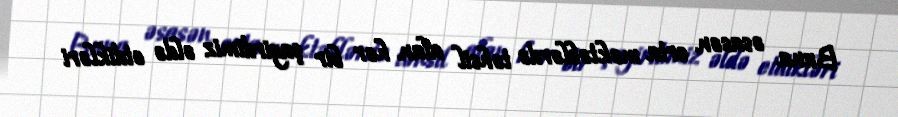
Buna əsasən orta məktəblərdə təhsil alan hər bir şagirdimiz əldə etdikləri